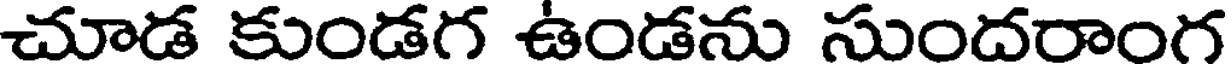
చూడ కుండగ ఉండను సుందరాంగ